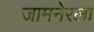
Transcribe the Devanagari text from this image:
जामनेरला